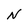
Character: N